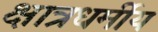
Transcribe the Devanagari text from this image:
क्षात्रधर्मीय